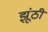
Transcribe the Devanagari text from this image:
झूंठी